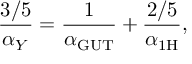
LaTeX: \frac { 3 / 5 } { \alpha _ { Y } } = \frac { 1 } { \alpha _ { \mathrm { G U T } } } + \frac { 2 / 5 } { \alpha _ { \mathrm { 1 H } } } ,